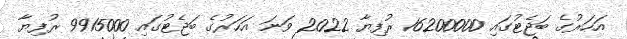
އަހަރުގެ ބަޖެޓުގައި 16200000 ރުފިޔާ 2022 ވަނަ އަހަރުގެ ބަޖެޓުގައި 9915000 ރުފިޔާ